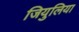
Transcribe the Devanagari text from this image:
जियुलिया